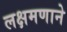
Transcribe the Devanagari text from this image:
लक्षमणाने